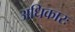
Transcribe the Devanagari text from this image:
अधिकारः